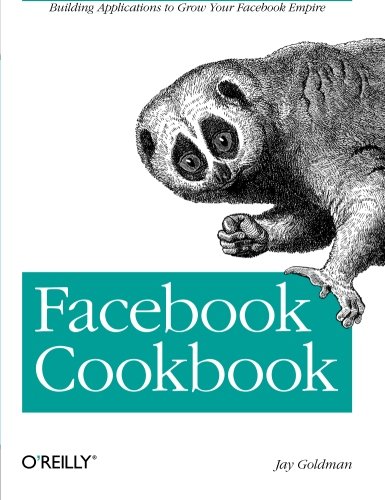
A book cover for Facebook Cookbook: Building Applications to Grow Your Facebook Empire; Jay Goldman; Computers & Technology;